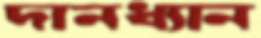
দানধ্যান